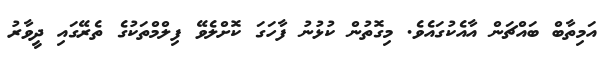
އަމިތާބް ބައްޗަން އާއެކުގައެވެ. މިގޮތުން ކުޅުނު ފާހަގަ ކޮށްލެވޭ ފިލްމްތަކުގެ ތެރޭގައި ދީވާރު